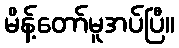
မိန့်တော်မူအပ်ပြီ။